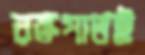
রক্তপাতই